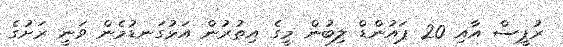
ރުޕީސް އާއި 20 ޕައުންޑް ލިބުން މީގެ އިތުރުން އަޅުގަނޑުމެން ވަނީ ރަށުގެ